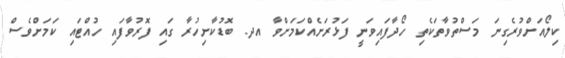
ކިލޯއަށްވުރެގިނަ މަސްތުވާތަކެތި ހޯދާފައިވަނީ ފަޅުރަށެއްކަމަށްވާ އދ. ބޮޑުކާށިހުރާ ގައި ފޮރުވާފައި ހުއްޓައި ކަމަށްވެސް